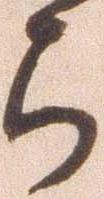
ら